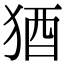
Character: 𬌲